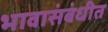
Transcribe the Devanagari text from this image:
भावासंबंधीत